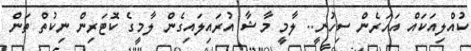
ކުއްލިއަކައް އަހަރެން ސިހުނީ.. ލާމީ މާޝާ އުރައިލައިގެން ލާމީގެ ކޮޓަރިން ނިކުތް ތަން